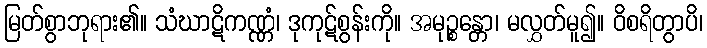
မြတ်စွာဘုရား၏။ သံဃာဋိကဏ္ဏံ၊ ဒုကုဋ်စွန်းကို။ အမုဉ္စန္တော၊ မလွှတ်မူ၍။ ဝိစရိတွာပိ၊